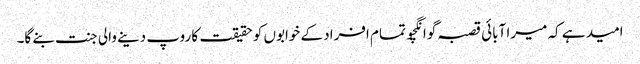
امید ہے کہ میرا آبائی قصبہ گوانگچو تمام افراد کے خوابوں کو حقیقت کا روپ دینے والی جنت بنے گا۔